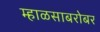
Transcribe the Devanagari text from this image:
म्हाळसाबरोबर